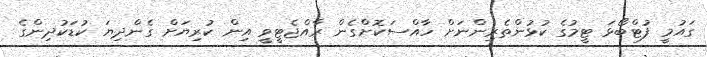
ގައުމީ ފުޓްބޯޅަ ޓީމުގެ ކުޅުންތެރިންނަށް ހާއްސަކޮށްގެން ރާއްޖެޓީވީ އިން ކުރިޔަށް ގެންދިޔަ ކުޑަކުދިންގެ